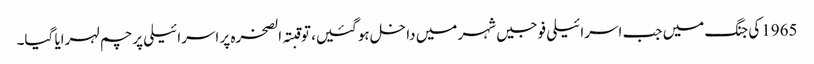
1965کی جنگ میں جب اسرائیلی فوجیں شہر میں داخل ہوگئیں، تو قبتہ الصخرہ پر اسرائیلی پرچم لہرایا گیا۔